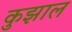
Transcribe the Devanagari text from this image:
कुझाल